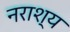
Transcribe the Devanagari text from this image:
नराश्य